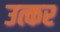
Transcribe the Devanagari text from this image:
उत्कर